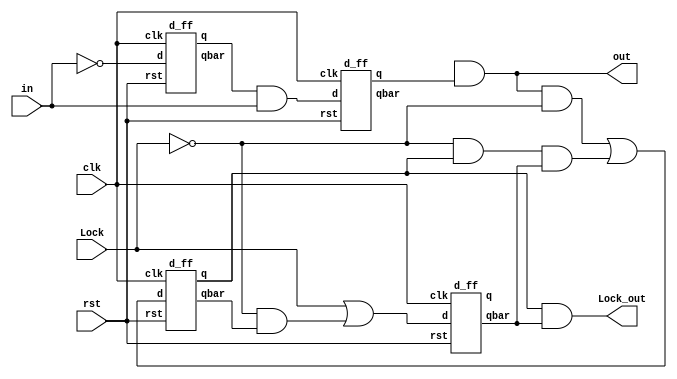
//----------PSTER UNLOCK 110
module lOCK(in,clk,out,rst,Lock,Lock_out);//Lock_out:- desision oputput wheather to lock or not
    input in,clk,rst,Lock;
    output out,Lock_out;
      wire w1,w2;
      wire IIN,l0,l1,l2,l3,l4,l5,l6,l7,l8,l9;
      not n1(w1,in);
      d_ff f1(w2,w5,w1,rst,clk);
      and a1(w3,w2,in);
      d_ff f2(w4,w6,w3,rst,clk);
      and(out,x,w4);
      buf b1(IIN,out);  
//    d_ff(q,qbar,d,rst,clk);   
      d_ff D0(l4,l5,l3,rst,clk);
      d_ff D1(l8,l7,l6,rst,clk);
      not Dn0(l0,Lock);
      and DA0(l1,IIN,l0);
      and DA1(l2,l0,l4,l7);
      or DO0(l3,l1,l2);
      and DA3(l9,l0,l5);
      or DO1(l6,Lock,l9);
  and DA4(Lock_out,l4,l7);
    endmodule
    /*
    module counter(clk,rst,d_out) ;
        input clk,rst;
        output reg[1:0] d_out;
          wire w1;
        reg sig =1;
        t_ff t1(d_out[0],w1,sig,rst,clk);
        t_ff t2(d_out[1],qbar,sig,rst,w1);
      endmodule
    */
      module t_ff(q,qbar,t,rst,clk);
         input t,clk,rst;
          output q, qbar;
        wire w1;
        xor(w1,t,q);
        d_ff DD(q,qbar,w1,rst,clk);
      endmodule
    
      module d_ff(q,qbar,d,rst,clk);
          input d,clk,rst;
          output q, qbar;
          wire w1,w2;
        nd_ff_latch m1	(w1,w2,rst,d,clk);
        d_ff_latch m2  (q,qbar,rst,w1,clk);
    
          endmodule
      module d_ff_latch(q,qbar,rst,d,clk);
          input d,clk,rst;
          output q, qbar;
          wire dbar; //output of not1
          wire nand1_out; // output of nand1
          wire nand2_out; // output of nand2
        wire rstn;
        not(rstn,rst);
          not ( dbar,d); 
          nand (nand1_out,rstn,clk,d);
          nand (nand2_out,rstn,clk,dbar);
            nand (q,qbar,rstn,nand1_out);
            nand (qbar,rstn,q,nand2_out);
          endmodule
    
      module nd_ff_latch(q,qbar,rst,d,nclk);
          input d,nclk,rst;
          output q, qbar;
            wire rstn;
          not(rstn,rst);
          wire dbar; //output of not1
          wire nand1_out; // output of nand1
          wire nand2_out; // output of nand2
          wire clk;
          not (clk,nclk);
          not ( dbar,d); 
          nand (nand1_out,rstn,clk,d);
          nand (nand2_out,rstn,clk,dbar);
            nand (q,qbar,rstn,nand1_out);
            nand (qbar,rstn,q,nand2_out);
          endmodule